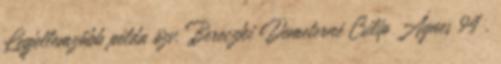
Legjellemzőbb példa özv. Bereczki Demeterné Csilip Ágnes 94 .